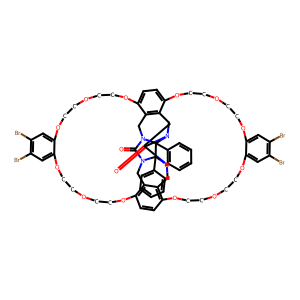
SMILES: O=C1N2Cc3c4ccc5c3CN3C(=O)N6Cc7c(ccc(c7CN1C6(c1ccccc1)C23c1ccccc1)OCCOCCOc1cc(Br)c(Br)cc1OCCOCCO4)OCCOCCOc1cc(Br)c(Br)cc1OCCOCCO5
Inhibits HIV replication: No